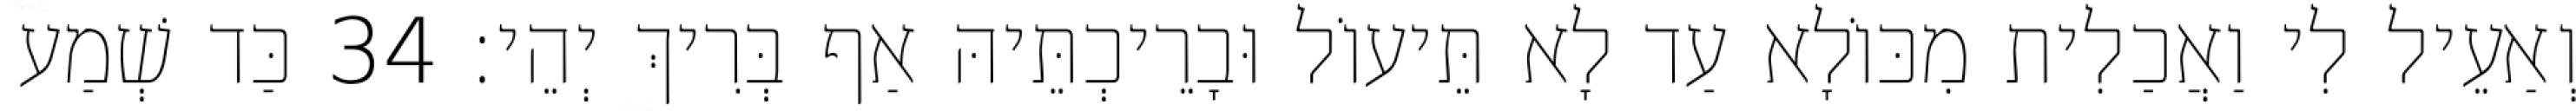
וְאַעֵיל לִי וַאֲכַלִית מִכּוֹלָא עַד לָא תֵּיעוֹל וּבָרֵיכְתֵּיהּ אַף בְּרִיךְ יְהֵי׃ 34 כַּד שְׁמַע